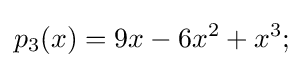
p_{3}(x)=9x-6x^{2}+x^{3};